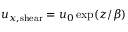
u _ { x , \mathrm { s h e a r } } = u _ { 0 } \exp ( z / \beta )